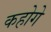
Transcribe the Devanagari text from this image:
कहोगे